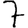
Digit: 7